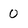
Character: O